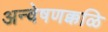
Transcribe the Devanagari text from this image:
अन्वेषणक्कळि